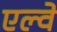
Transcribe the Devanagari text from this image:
एल्वे